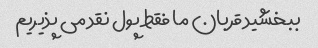
ببخشید قربان ما فقط پول نقد می پذیریم